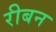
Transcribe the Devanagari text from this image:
रीबन